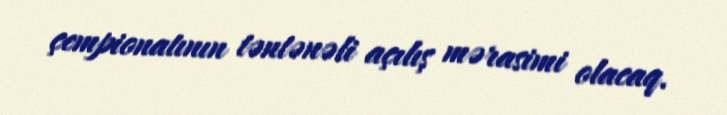
çempionatının təntənəli açılış mərasimi olacaq.